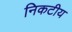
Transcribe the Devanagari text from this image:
निकटीय